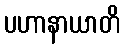
ပဟာနာယာတိ